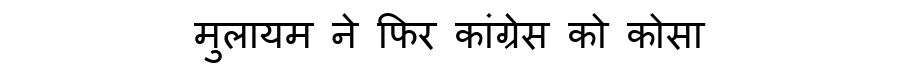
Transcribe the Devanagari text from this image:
मुलायम ने फिर कांग्रेस को कोसा